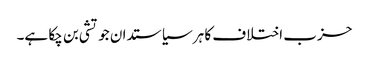
حزب اختلاف کا ہر سیاستدان جوتشی بن چکا ہے۔